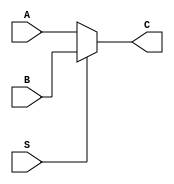
`timescale 1ns / 1ps
//////////////////////////////////////////////////////////////////////////////////
// Company: 
// Engineer: 
// 
// Design Name: 
// Module Name:    MUX2T1_5 
// Project Name: 
// Target Devices: 
// Tool versions: 
// Description: 
//
// Dependencies: 
//
// Revision: 
// Revision 0.01 - File Created
// Additional Comments: 
//
//////////////////////////////////////////////////////////////////////////////////
module MUX2T1_5(
	input [4:0]A,
	input [4:0]B,
	input S,
	output [4:0]C
    );
assign C=(S==0)?A:B;

endmodule